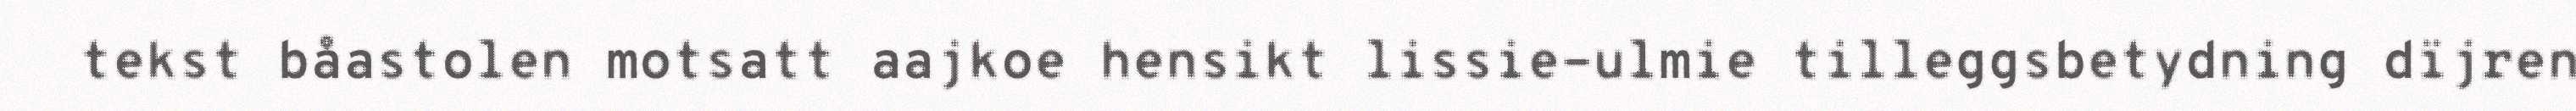
tekst båastolen motsatt aajkoe hensikt lissie-ulmie tilleggsbetydning dïjren